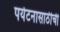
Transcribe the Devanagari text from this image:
पर्यटनासाठीची